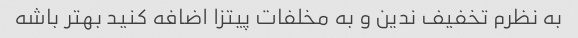
به نظرم تخفیف ندین و به مخلفات پیتزا اضافه کنید بهتر باشه